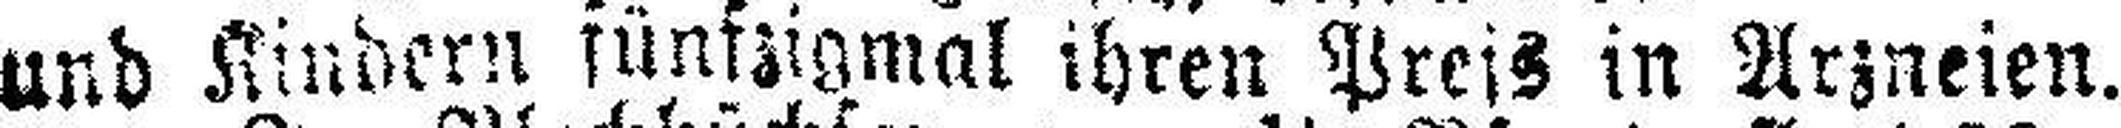
und Kindern fünfzigmal ihren Preis in Arzneien.